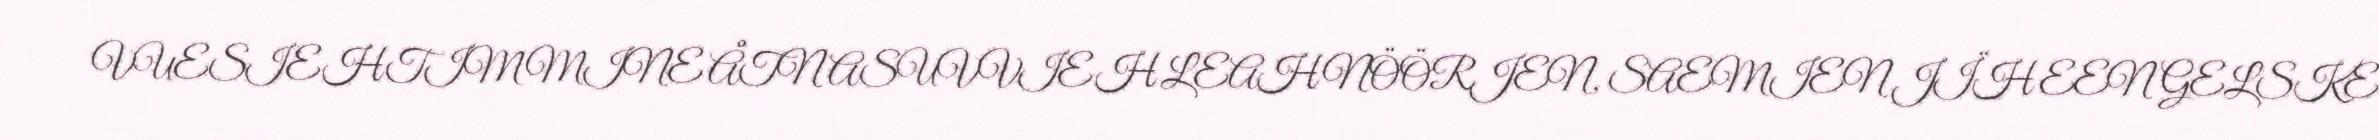
VUESIEHTIMMINE ÅTNASUVVIEH LEAH NÖÖRJEN, SAEMIEN JÏH EENGELSKE